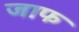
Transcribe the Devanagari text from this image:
जाफ